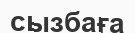
сызбаға